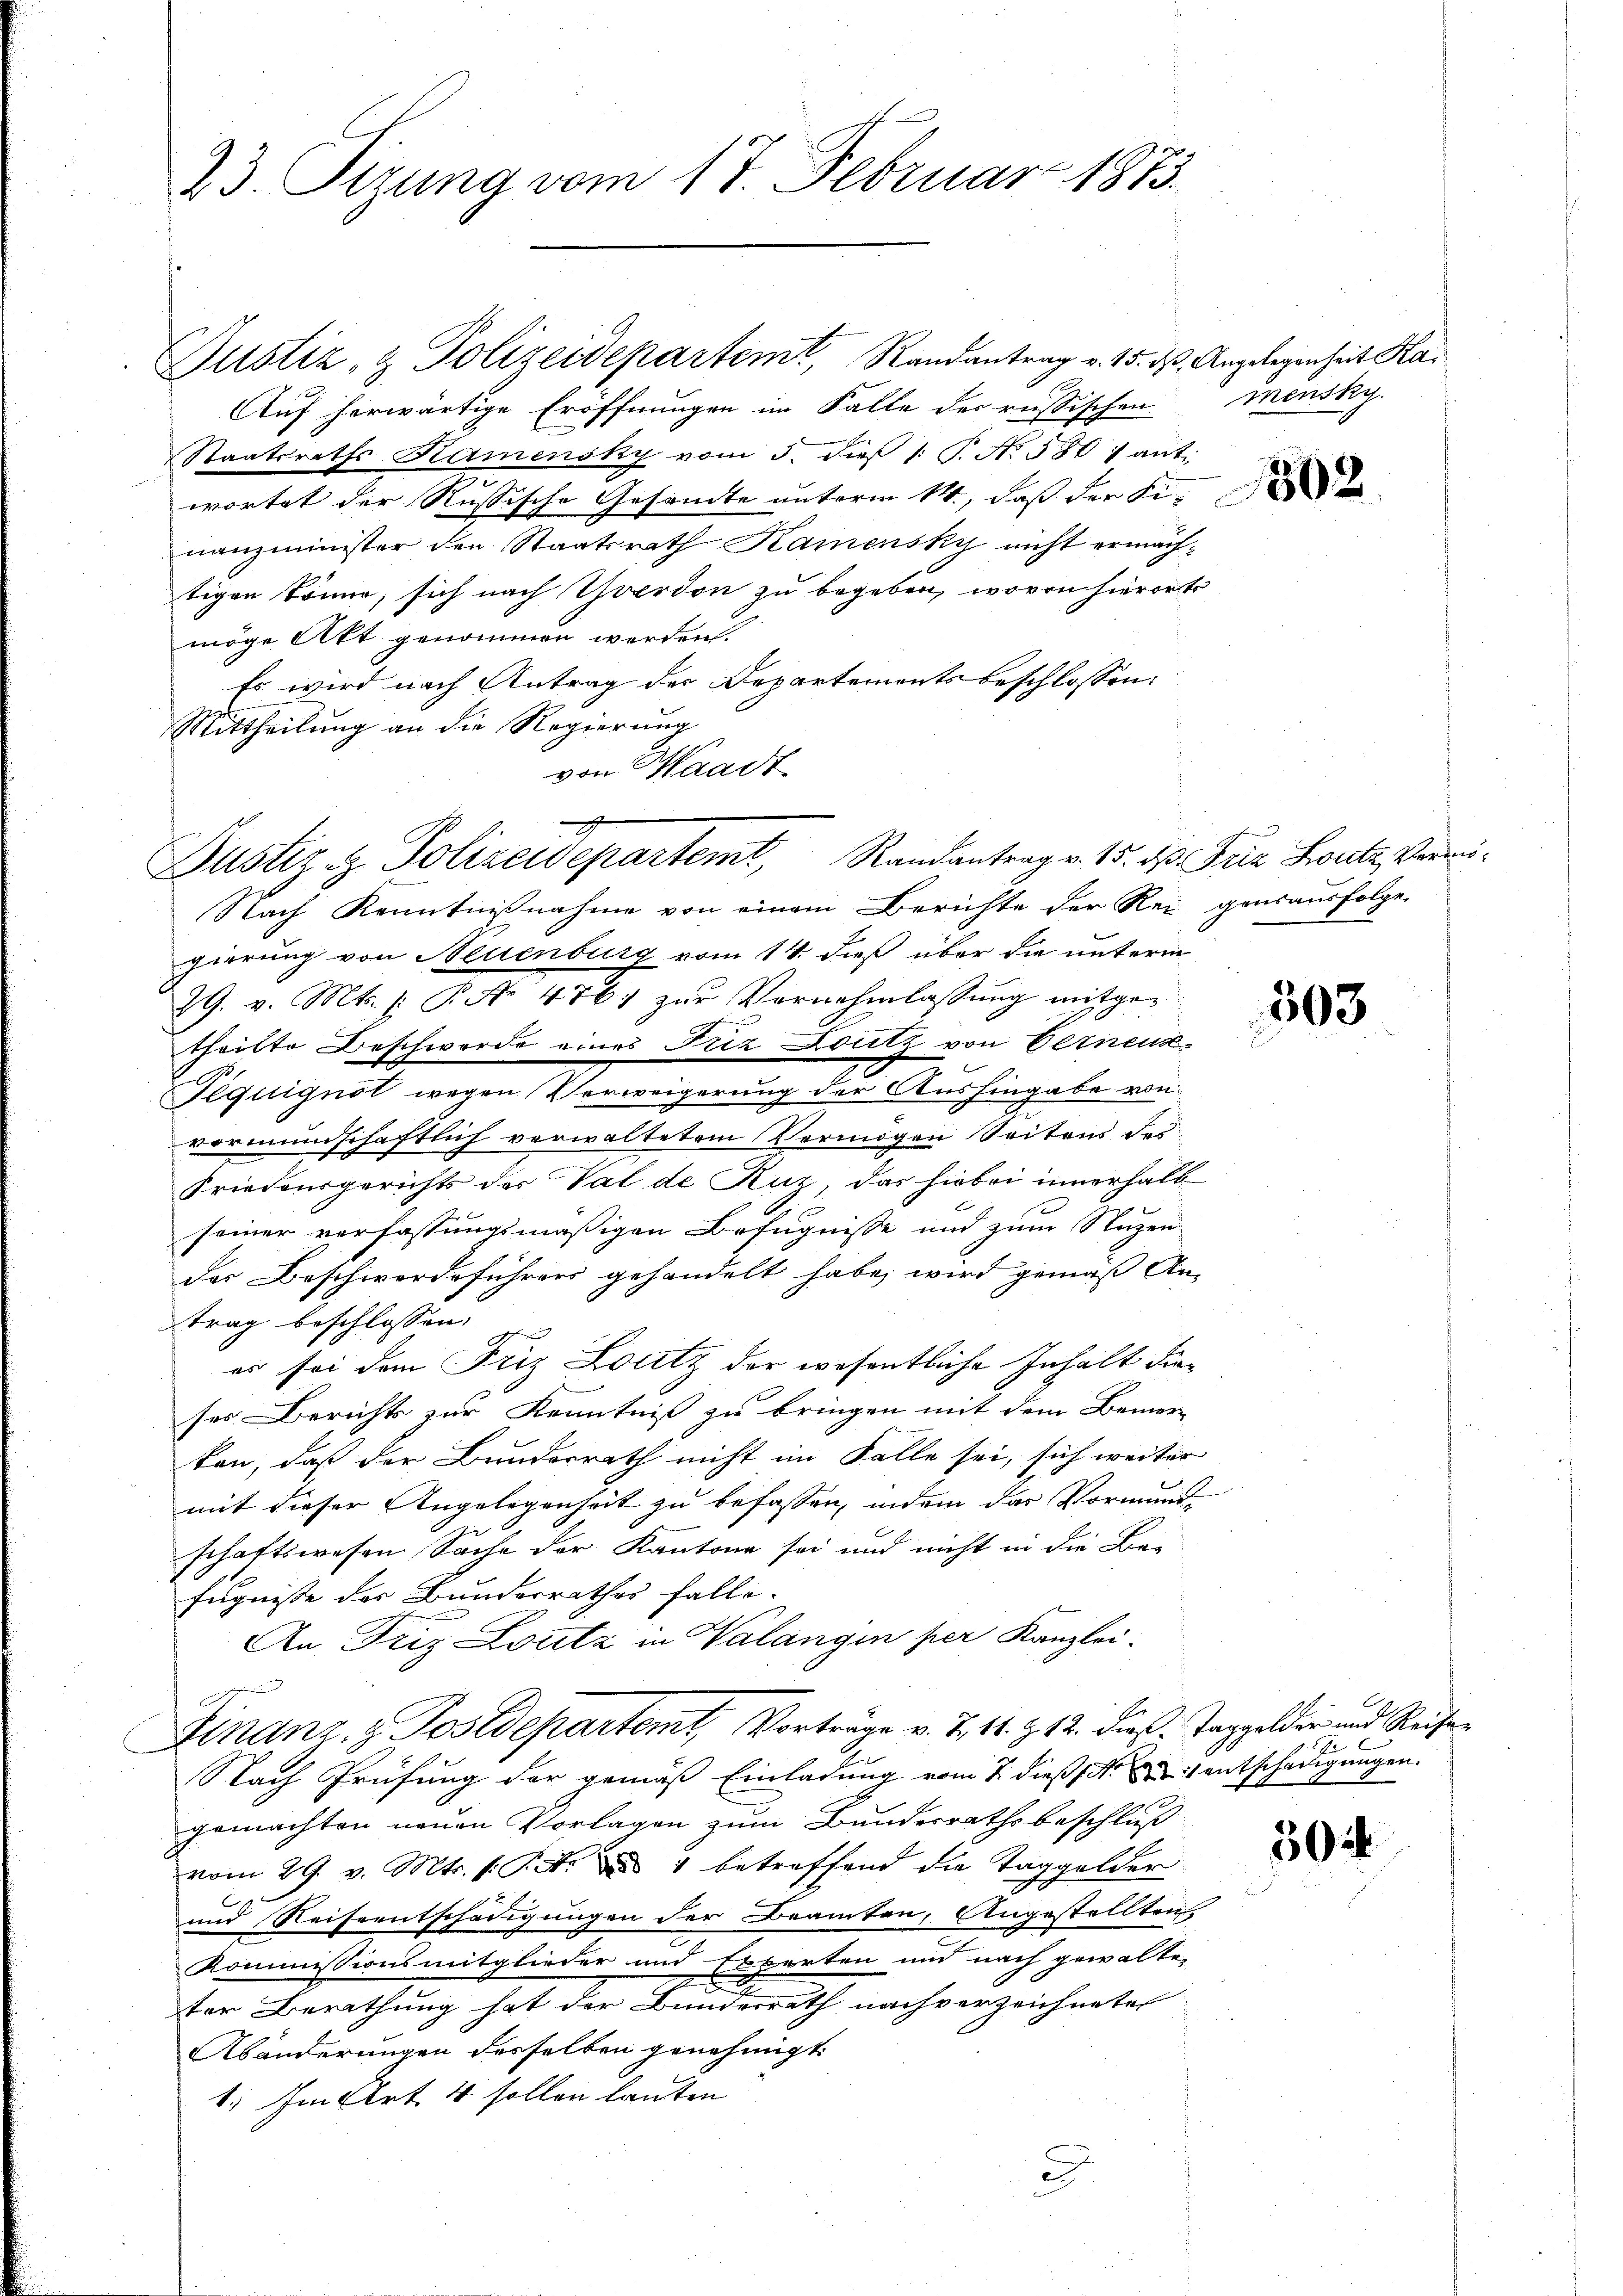
23. Pirung vom 17. Februar 1873.

Auf herwärtige Eröffnungen im Falle der russischen Mensky.
Staatsraths Kamensky vom 5. dieβ 1: P. No. 580 f anti
wortet der Russische Gesandte unterm 14., daß der Fi-
nanzminister den Staatsrath Kamensky nicht ermachtigen könne, sich nach verdon zu begeben, wovon hierorts
möge Akt genommen werden.
Es wird nach Antrag der Departements beschlossen:
Mittheilung an die Regierung
von Waadt

A
Justiz & Polizeidepartemt, Randantrag v. 15. ds Friz Satz, Vermu¬

Nach Kenntnißnahme von einem Berichte der Rei genausfolge
gierung von Neuenburg vom 14. dieß über die unterm
29. v. Mts. (: P. Nr. 476. zur Vernehmlassung mitgetheilte Beschwerde eines Friz Doutz von Eernenz
Feguignot wegen Verweigerung der Aushingabe von
vormundschaftlich verwaltetem Vermögen Seitens Fei¬
Friedaurgerichts der Val de Kuz, das hiebei innerhalb
seiner verfassungsmäßigen Befugnisse und zum Nuzen
der Beschwerdeführers gehandelt habe, wird gemäß An-
trag beschlossen:
schen
es sei den Friz Loitz der wesentliche Inhalt die
ses Berichts zur Kenntniß zu bringen mit dem Bemer
kan, daß der Bundesrath nicht im Falle sei, sich weiter
mit dieser Angelegenheit zu befassen, indem das Vormunde
schaftswesen Sache der Kantone sei und nicht in die Be-
fugnisse des Bunderrathes falle.
An Friz Loutz in Valangen per Kanzlei-
g
Snanz, z. Postdepartemt, Vorträge v. Z. 11. Z. 12. dieß Taggelder und Reisen
Nach Prüfung der gemäß Einladung vom 7. dieß entschädigungen.
gemachten neuen Vorlagen zum Bundesrathsbeschluß
vom 29. v. Mts. f. P. ad 1 betreffend die Taggelder
und Reiseentschädigungen der Beamten, Angestellten
Kommissionsmitglieder und Experten und nach gewalten
ter Berathung hat der Bunderrath nach verzeichneten
Abänderungen desselben genehmigt.
1. Im Art 4 sollen lauten
d

Justiz- & Polizeidepartemt, Randantrag v. 15. ds. Angelegenheit Kai

302

503

1

504